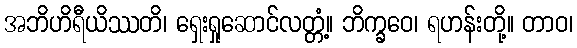
အဘိဟိရီယိဿတိ၊ ရှေးရှုဆောင်လတ္တံ့။ ဘိက္ခဝေ၊ ရဟန်းတို့။ တာဝ၊